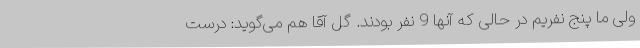
ولی ما پنج نفریم در حالی که آنها 9 نفر بودند. گل آقا هم می‌گوید: درست